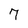
Character: 7